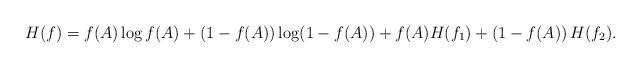
LaTeX: \begin{align*}H(f) = f(A) \log f(A) +(1-f(A)) \log(1-f(A))+ f(A) H(f_1) + (1- f(A)) \, H(f_2).\end{align*}